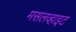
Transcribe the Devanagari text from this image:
मसलव्हाइट